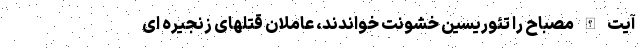
آیت الله مصباح را تئوریسین خشونت خواندند، عاملان قتلهای زنجیره ای